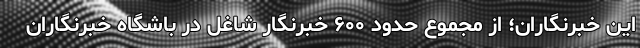
این خبرنگاران؛ از مجموع حدود ۶۰۰ خبرنگار شاغل در باشگاه خبرنگاران